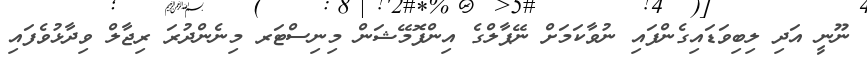
ނޫނީ އަދި ލިބިވަޑައިގެންފައި ނުވާކަމަށް ނޭޕާލްގެ އިންފޮމޭޝަން މިނިސްޓަރ މިނެންދުރަ ރިޖާލް ވިދާޅުވެފައި